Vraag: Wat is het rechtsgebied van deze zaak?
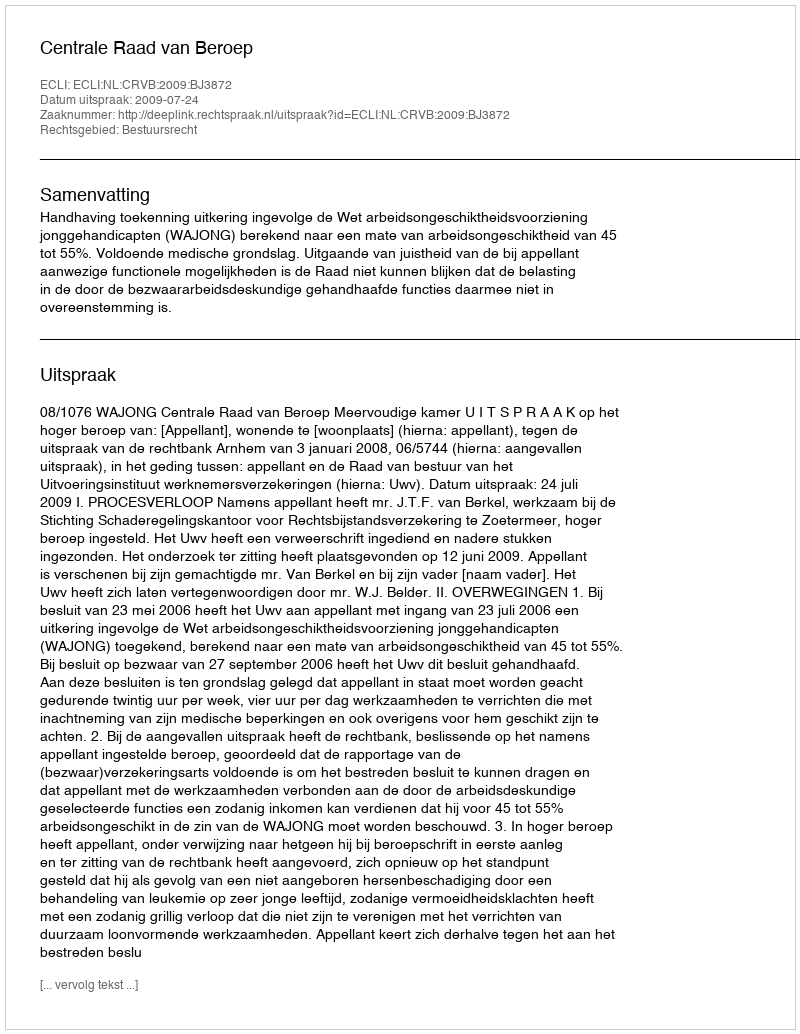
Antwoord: Bestuursrecht